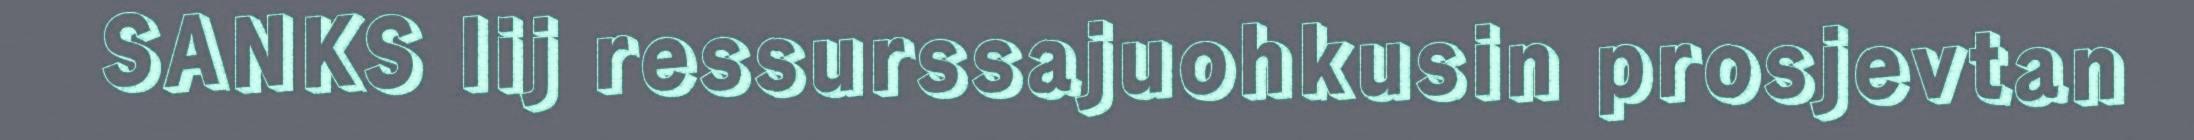
SANKS lij ressurssajuohkusin prosjevtan